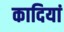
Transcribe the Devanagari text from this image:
कादियां